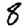
Digit: 8